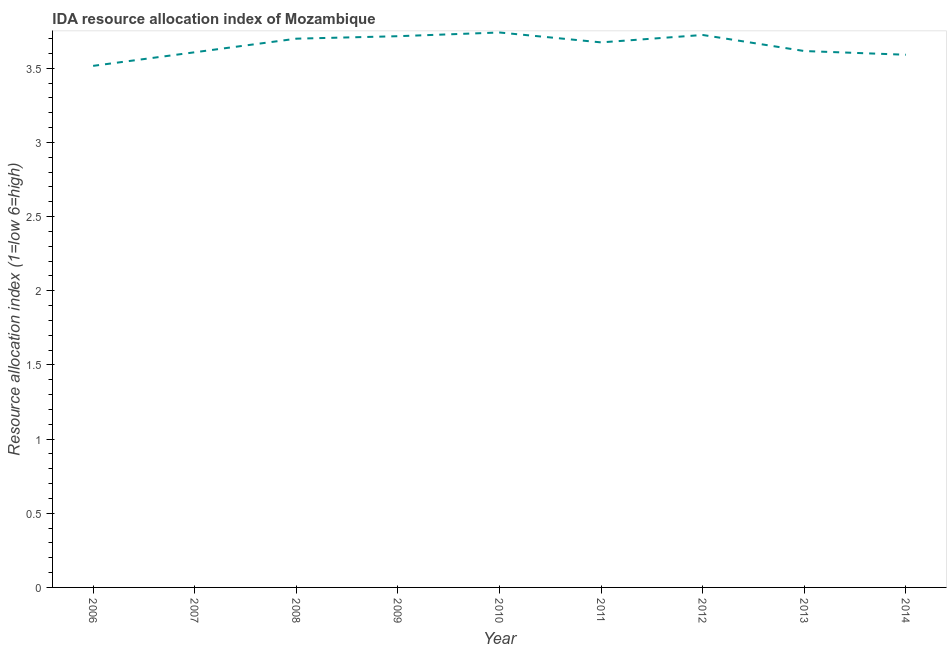
| Year | IDA resource allocation index |
 | --- | --- |
 | 2006 | 3.52 |
 | 2007 | 3.61 |
 | 2008 | 3.7 |
 | 2009 | 3.72 |
 | 2010 | 3.74 |
 | 2011 | 3.67 |
 | 2012 | 3.73 |
 | 2013 | 3.62 |
 | 2014 | 3.59 |